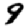
Digit: 9